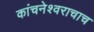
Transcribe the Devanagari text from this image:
कांचनेश्वराचाच